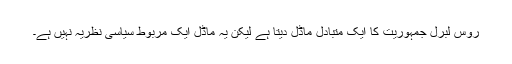
روس لبرل جمہوریت کا ایک متبادل ماڈل دیتا ہے لیکن یہ ماڈل ایک مربوط سیاسی نظریہ نہیں ہے۔